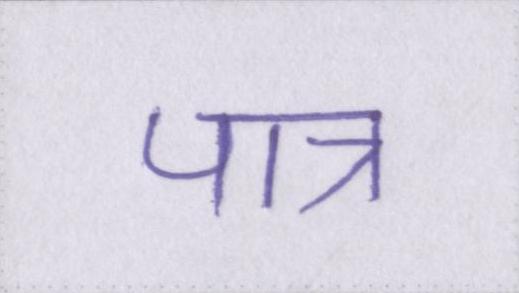
पात्र